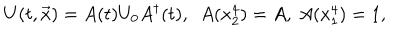
U ( t , \vec { x } ) = A ( t ) U _ { 0 } A ^ { \dagger } ( t ) , \ \ A ( x _ { 2 } ^ { 4 } ) = A , \ A ( x _ { 1 } ^ { 4 } ) = 1 ,